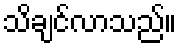
သိချင်လာသည်။